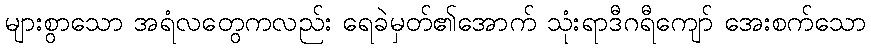
များစွာသော အရံလတွေကလည်း ရေခဲမှတ်၏အောက် သုံးရာဒီဂရီကျော် အေးစက်သော